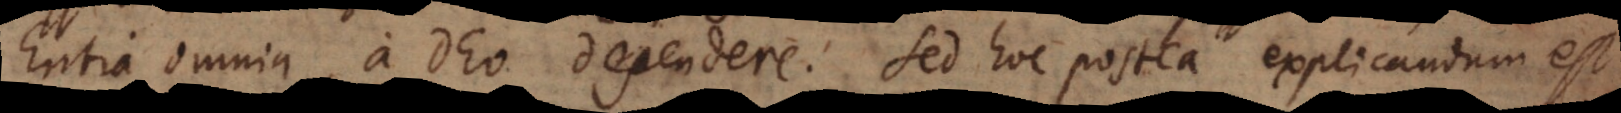
Entia omnia, a Deo dependere. Sed hoc postea explicandum est